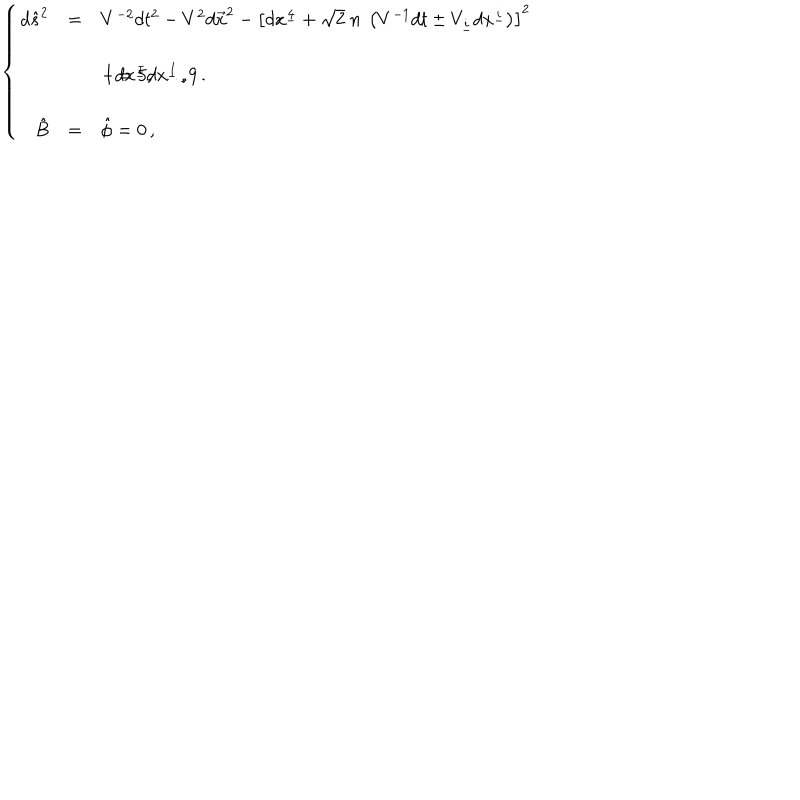
LaTeX: \left\{ \begin{array} { r c l } { { d \hat { s } ^ { 2 } } } & { { = } } & { { V ^ { - 2 } d t ^ { 2 } - V ^ { 2 } d \vec { x } ^ { 2 } - \left[ d x ^ { \underline { { { 4 } } } } + \sqrt { 2 } \ n \ \left( V ^ { - 1 } d t \pm V _ { \underline { { { i } } } } d x ^ { \underline { { { i } } } } \right) \right] ^ { 2 } } } \\ { { } } & { { } } & { { } } \\ { { } } & { { } } & { { - d x ^ { \underline { { { I } } } } d x ^ { \underline { { { I } } } } \, , \hspace { 1 c m } I = 5 , \ldots , 9 \, . } } \\ { { } } & { { } } & { { } } \\ { { \hat { B } } } & { { = } } & { { \hat { \phi } = 0 \, , } } \\ \end{array} \right.